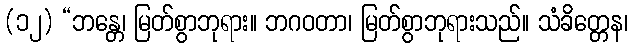
(၁၂) “ဘန္တေ၊ မြတ်စွာဘုရား။ ဘဂဝတာ၊ မြတ်စွာဘုရားသည်။ သံခိတ္တေန၊